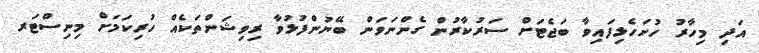
އަދި މިހާރު ހުށަހެޅިފައިވާ ބަޖެޓަށް ސަރުކާރުން ގެންނަވަން ބޭނުންފުޅުވާ ރިވިޝަންތަކެއް ހުރިކަމަށް މިނިސްޓަރ